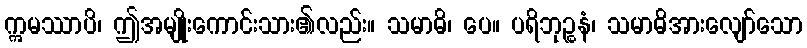
ဣမဿာပိ၊ ဤအမျိုးကောင်းသား၏လည်း။ သမာဓိ၊ ပေ။ ပရိဘုဉ္စနံ၊ သမာဓိအားလျော်သော